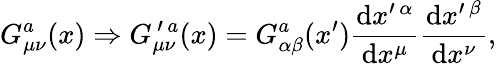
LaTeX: G_{\mu\nu}^{a}(x)\Rightarrow G_{\mu\nu}^{\, \prime\, a}(x)=G_{\alpha\beta}^{a}(x^{\prime})\frac{\mathrm{d}x^{\prime\, \alpha}}{\mathrm{d}x^{\mu}}\frac{\mathrm{d}x^{\prime\, \beta}}{\mathrm{d}x^{\nu}},